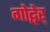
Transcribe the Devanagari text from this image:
गोद्बेर्